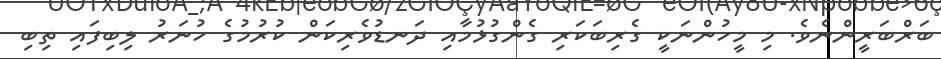
ބަރްބަރީންނެވެ. މި މީހުންނަކީ ގެރިބަކަރި ގެންގުޅުމާއި ދަނޑުވެރިކަން ކުރުމުގެ ހުނަރު ލިބިފައި ތިބި